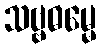
သဗ္ဗဓမ္မေ